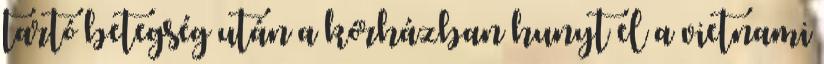
tartó betegség után a kórházban hunyt el a vietnami